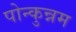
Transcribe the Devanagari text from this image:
पोन्कुन्नम